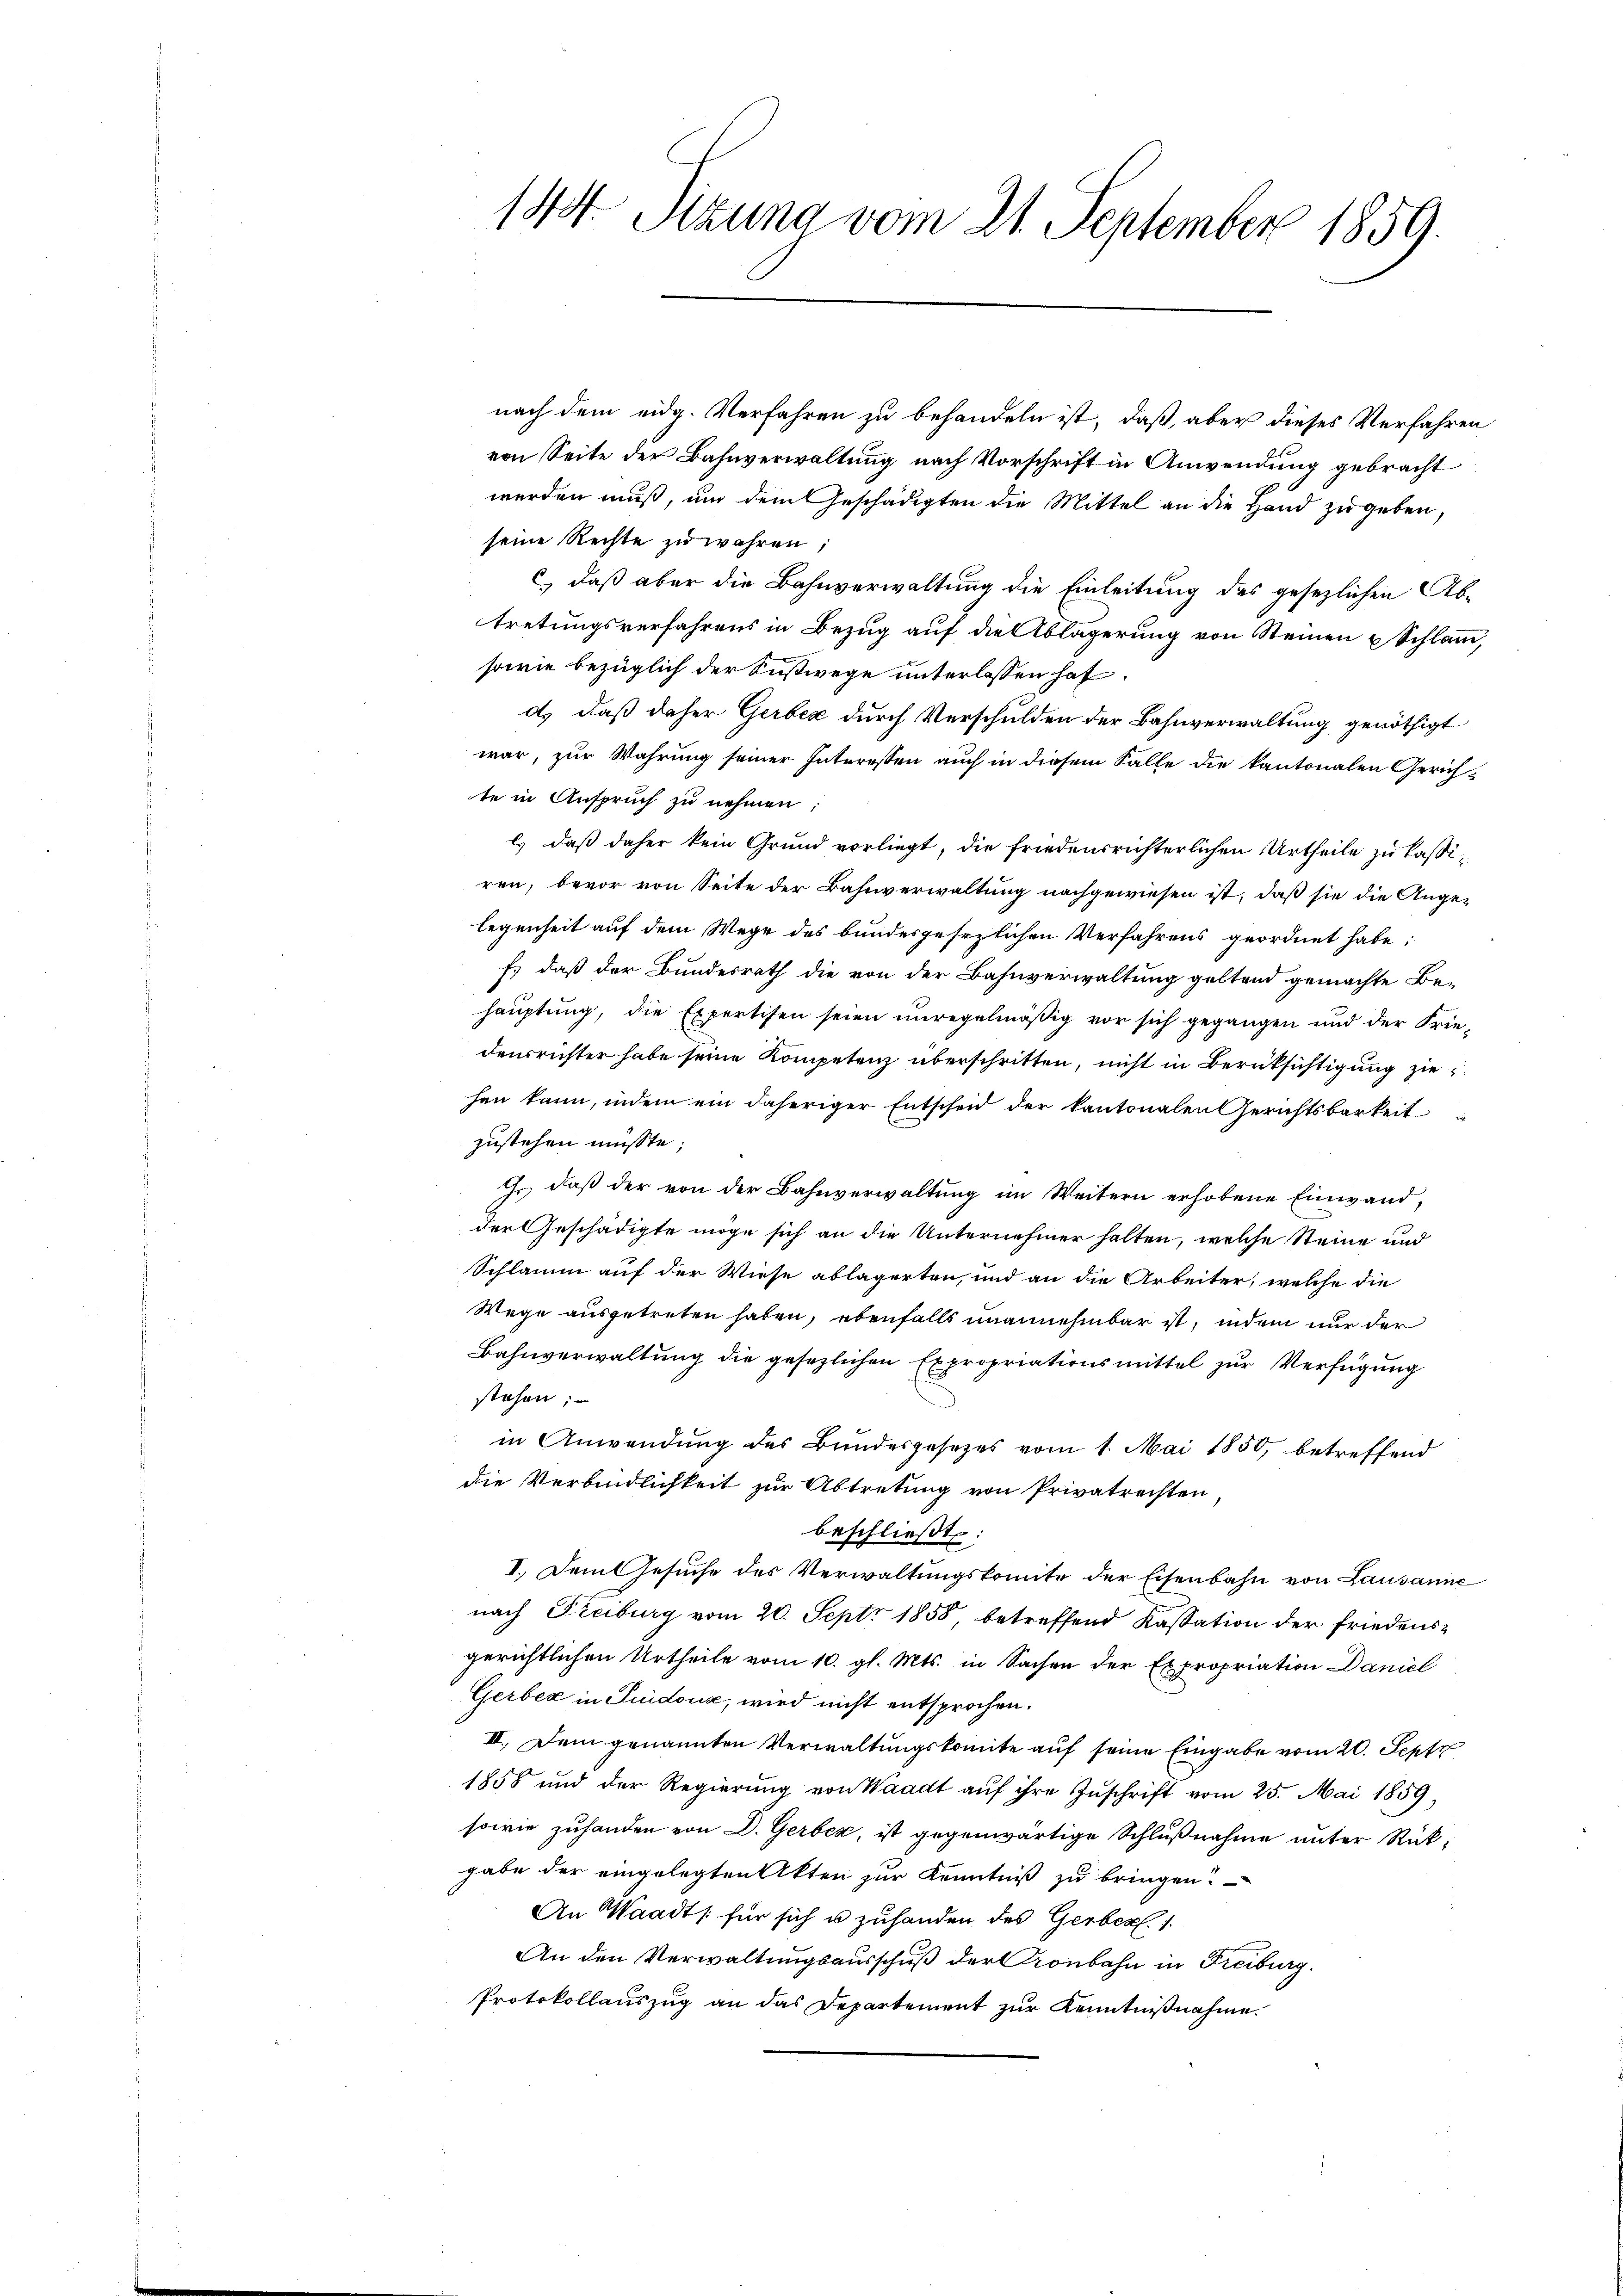
144. Sitzung vom 21. September 1859.

nach dem eidg. Verfahren zu behandeln ist, daß, aber dieses Verfahren
von Seite der Bahnverwaltung nach Vorschrift in Anwendung gebracht
werden muß, um dem Geschädigten die Mittel an die Hand zugeben,
seine Rechte zu wahren;
c, daß aber die Bahnverwaltung die Einleitung des gesezlichen Abtretungsverfahrens in Bezug auf die Ablagerung von Steinen & Schlamm,
sowie bezüglich der Sustwege unterlassen hat.
d) daß daher Gerber durch Verschulden der Bahnverwaltung genöthigt
war, zur Wahrung seiner Interessen auch in diesem Falle die kantonalen Gerichte in Anspruch zu nehmen:
l) daß daher kein Grund vorliegt, die friedensrichterlichen Urtheile zu kassiren, bevor von Seite der Bahnverwaltung nachgewiesen ist, daß sie die Ange-
legenheit auf dem Wege des bundesgesezlichen Verfahrens geordnet habe;
Es daß der Bundesrath die von der Bahnverwaltung geltend gemachte Be-
hauptung, die Expertisen seien unregelmäßig vor sich gegangen und der Friedensrichter habe seine Kompetenz überschritten, nicht in Berüksichtigung ziehen kann, indem ein daheriger Entscheid der kantonalen Gerichtsbarkeit
zustehen müßte;
Ehr, daß der von der Bahnverwaltung im Weitern erhobene Einwand,
der Geschädigte möge sich an die Unternehmer halten, welche Steine und
Schlamm auf der Wiese ablagerten, und an die Arbeiter, welche die
Wege ausgetreten haben, ebenfalls unannehmbar ist, indem nur der
Bahnverwaltung die gesezlichen Expropriationsmittel zur Verfügung
stehen;
in Anwendung des Bundesgesetzes vom 1. Mai 1850, betreffend
die Verbindlichkeit zur Abtretung von Privatrechten,
beschließt:
II. Dem Gesuche des Verwaltungskomite der Eisenbahn von Lausanne
nach Freiburg vom 20. Sept. 1858 betreffend Kassation der Friedensgerichtlichen Urtheile vom 10. gl. Mts. in Sachen der Expropriation Daniel
Gerber in Suidoux, wird nicht entsprochen.
III. Dem genannten Verwaltungskomite auf seine Eingabe vom 20. Sept
1858 und der Regierung von Waadt aŭf ihre Zuschrift vom 25. Mai 1859,
sowie zuhanden von D. Gerber, ist gegenwärtige Schlußnahme unter Rückgabe der eingelegten Akten zur Kenntniß zu bringen?
An Waadt für sich u zuhanden des Gerber 1.
An den Verwaltungsausschuß der Kronbahn in Freiburg.
Protokollauszug an das Departement zur Kenntnißnahme.